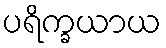
ပရိက္ခယာယ